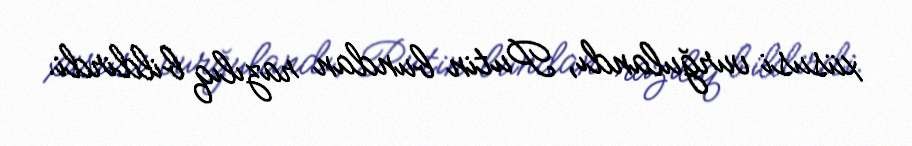
xüsusi vurğulandı, Putin bundan razılıq bildirdi.